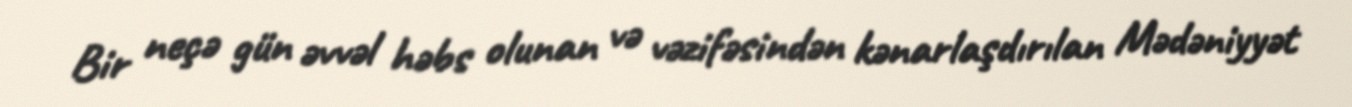
Bir neçə gün əvvəl həbs olunan və vəzifəsindən kənarlaşdırılan Mədəniyyət